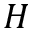
H